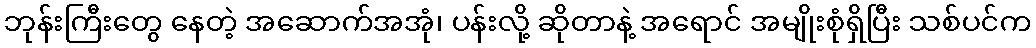
ဘုန်းကြီးတွေ နေတဲ့ အဆောက်အအုံ၊ ပန်းလို့ ဆိုတာနဲ့ အရောင် အမျိုးစုံရှိပြီး သစ်ပင်က